Report of the Indian Hemp Drugs Commission, 1894-1895 - Volume V
Year: 1894
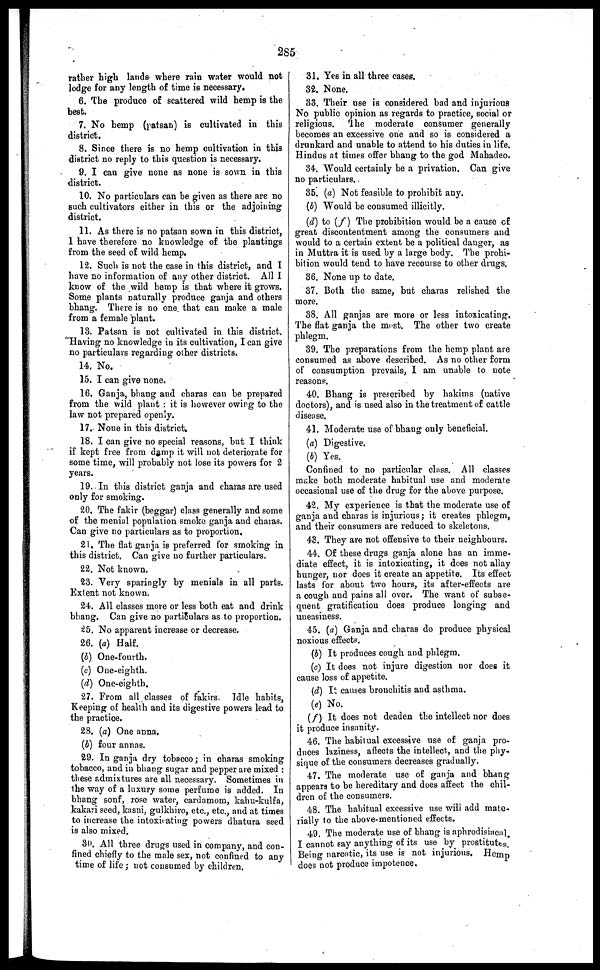
285
rather high lands where rain water would not
lodge for any length of time is necessary.
6. The produce of scattered wild hemp is the
best.
7. No hemp (patsan) is cultivated in this
district.
8. Since there is no hemp cultivation in this
district no reply to this question is necessary.
9. I can give none as none is sown in this
district.
10. No particulars can be given as there are no
such cultivators either in this or the adjoining
district.
11. As there is no patsan sown in this district,
1 have therefore no knowledge of the plantings
from the seed of wild hemp.
12. Such is not the case in this district, and I
have no information of any other district. All 1
know of the wild hemp is that where it grows.
Some plants naturally produce ganja and others
bhang. There is no one. that can make a male
from a female plant.
13. Patsan is not cultivated in this district.
Having no knowledge in its cultivation, I can give
no particulars regarding other districts.
14. No.
15. I can give none.
16. Ganja, bhang and charas can be prepared
from the wild plant : it is however owing to the
law not prepared openly.
17. None in this district.
18. I can give no special reasons, but I think
if kept free from damp it will not deteriorate for
some time, will probably not lose its powers for 2
years.
19. In this district ganja and charas are used
only for smoking.
20. The fakir (beggar) class generally and some
of the menial population smoke ganja and charas.
Can give no particulars as to proportion.
21. The flat ganja is preferred for smoking in
this district. Can give no further particulars.
22. Not known.
23. Very sparingly by menials in all parts.
Extent not known.
24. All classes more or less both eat and drink
bhang. Can give no particulars as to proportion.
25. No apparent increase or decrease.
26. (a) Half.
(b) One-fourth.
(c) One-eighth.
(d) One-eighth.
27. From all classes of fakirs. Idle habits,
Keeping of health and its digestive powers lead to
the practice.
28. (a) One anna.
(b) four annas.
29. In ganja dry tobacco; in charas smoking
tobacco, and in bhang sugar and pepper are mixed :
these admixtures are all necessary. Sometimes in
the way of a luxury some perfume is added. In
bhang sonf, rose water, cardamom, kahu-kulfa,
kakari seed, kasni, gulkhiro, etc., etc., and at times
to increase the intoxicating powers dhatura seed
is also mixed.
3d. All three drugs used in company, and con-
fined chiefly to the male sex, not confined to any
time of life ; not consumed by children.
31. Yes in all three cases.
32. None.
33. Their use is considered bad and injurious
No public opinion as regards to practice, social or
religious. The moderate consumer generally
becomes an excessive one and so is considered a
drunkard and unable to attend to his duties in life.
Hindus at times offer bhang to the god Mahadeo.
34. Would certainly be a privation. Can give
no particulars.
35. (a) Not feasible to prohibit any.
(b) Would be consumed illicitly.
(d) to (f) The prohibition would be a cause of
great discontentment among the consumers and
would to a certain extent be a political danger, as
in Muttra it is used by a large body. The prohi-
bition would tend to have recourse to other drugs.
36. None up to date.
37. Both the same, but charas relished the
more.
38. All ganjas are more or less intoxicating.
The flat ganja the most. The other two create
phlegm.
39. The preparations from the hemp plant are
consumed as above described. As no other form
of consumption prevails, I am unable to note
reasons.
40. Bhang is prescribed by hakims (native
doctors), and is used also in the treatment of cattle
disease.
41. Moderate use of bhang only beneficial.
(a) Digestive.
(b) Yes.
Confined to no particular class. All classes
make both moderate habitual use and moderate
occasional use of the drug for the above purpose.
42. My experience is that the moderate use of
ganja and charas is injurious; it creates phlegm,
and their consumers are reduced to skeletons.
43. They are not offensive to their neighbours.
44. Of these drugs ganja alone has an imme-
diate effect, it is intoxicating, it does not allay
hunger, nor does it create an appetite. Its effect
lasts for about two hours, its after-effects are
a cough and pains all over. The want of subse-
quent gratification does produce longing and
uneasiness.
45. (a) Ganja and charas do produce physical
noxious effects.
(b) It produces cough and phlegm.
(c) It does not injure digestion nor does it
cause loss of appetite.
(d) It causes bronchitis and asthma.
(e) No.
(f) It does not deaden the intellect nor does
it produce insanity.
46. The habitual excessive use of ganja pro-
duces laziness, affects the intellect, and the phy-
sique of the consumers decreases gradually.
47. The moderate use of ganja and bhang
appears to be hereditary and does affect the chil-
dren of the consumers.
48. The habitual excessive use will add mate-
rially to the above-mentioned effects.
49. The moderate use of bhang is aphrodisiacal.
I cannot say anything of its use by prostitutes.
Being narcotic, its use is not injurious. Hemp
does not produce impotence.